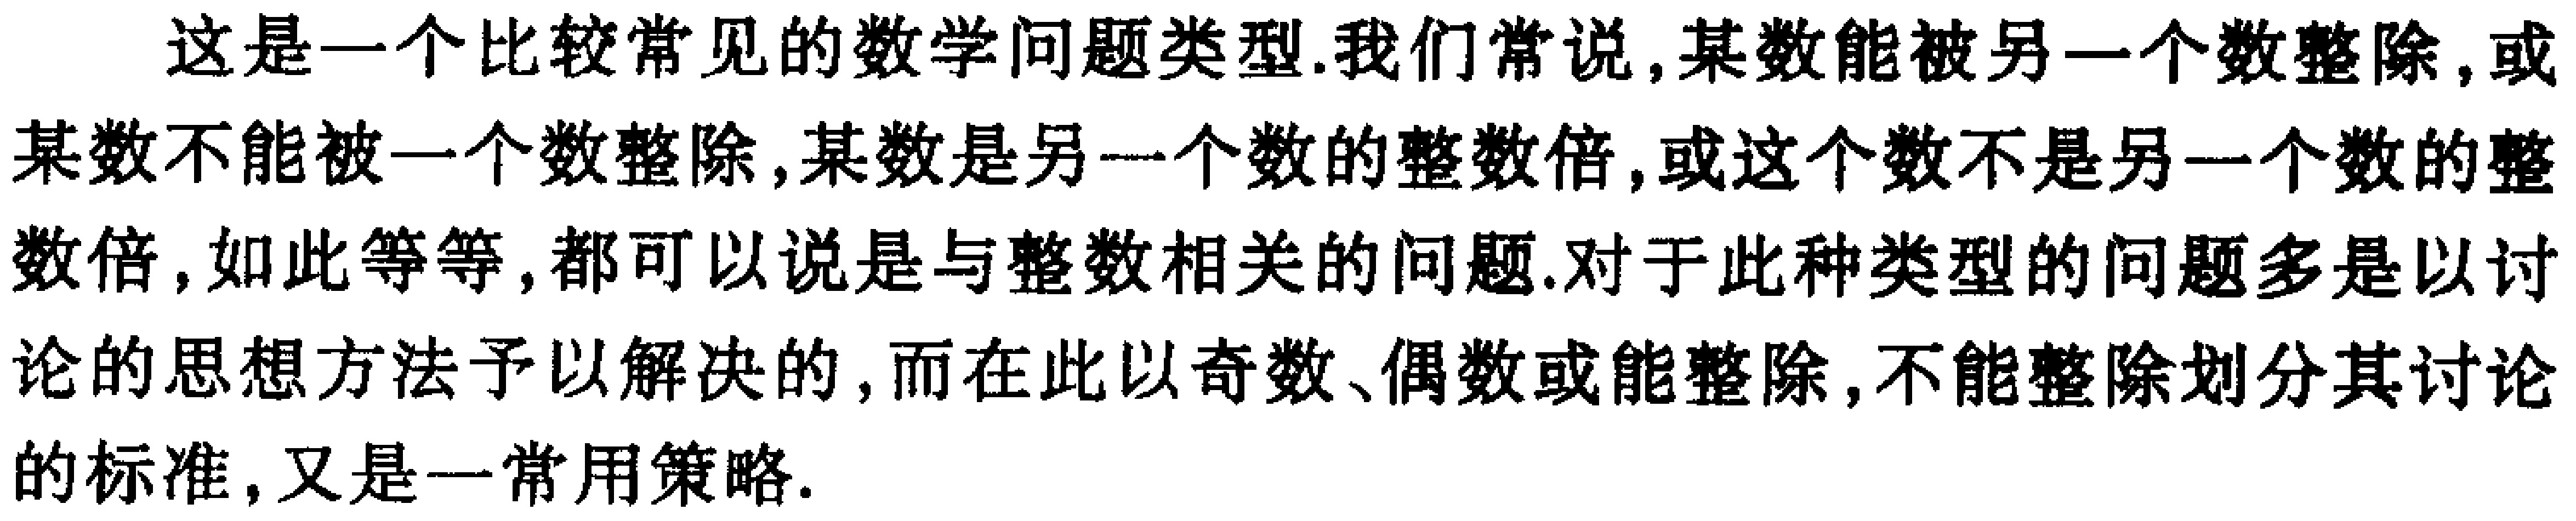
这是一个比较常见的数学问题类型.我们常说,某数能被另一个数整除,或某数不能被一个数整除,某数是另一个数的整数倍,或这个数不是另一个数的整数倍,如此等等,都可以说是与整数相关的问题.对于此种类型的问题多是以讨论的思想方法予以解决的,而在此以奇数、偶数或能整除,不能整除划分其讨论的标准,又是一常用策略.